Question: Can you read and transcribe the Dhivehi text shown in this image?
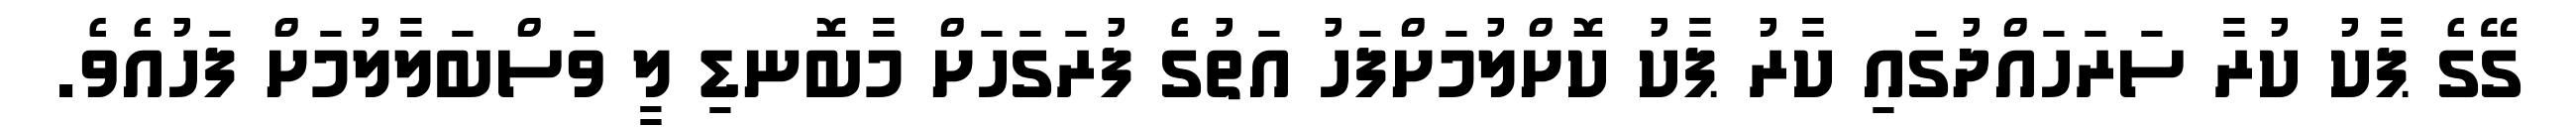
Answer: ގޭގެ ޕާކު ކުރާ ސަރަހައްދުގައި ކާރު ޕާކު ކޮށްލުމަށްފަހު އަތުގެ ފުރަގަހަށް މާބޮނޑި ލީ ވަސްބަލާލުމަށް ފަހުއެވެ.